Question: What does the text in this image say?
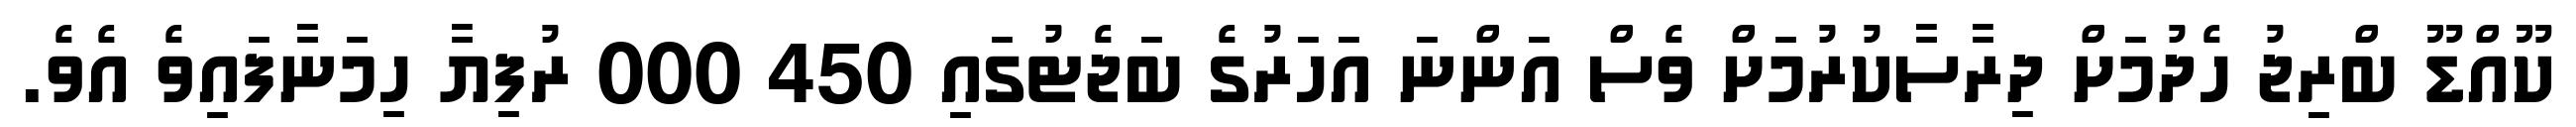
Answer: ކޫއްޑޫ ބްރިޖު ހެދުމަށް ދިރާސާކުރުމަށް ވެސް އަންނަ އަހަރުގެ ބަޖެޓުގައި 450 000 ރުފިޔާ ހިމަނާފައިވެ އެވެ.